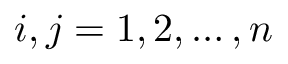
i , j = 1 , 2 , \dots , n